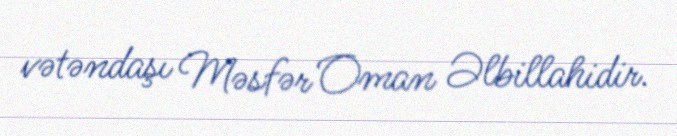
vətəndaşı Məsfər Oman Əlbillahidir.